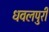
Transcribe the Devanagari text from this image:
धवलपुरी